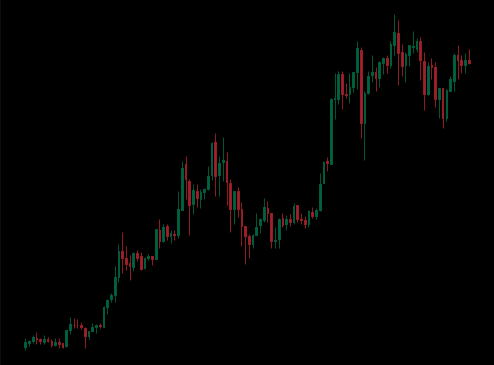
Pattern: unclassified